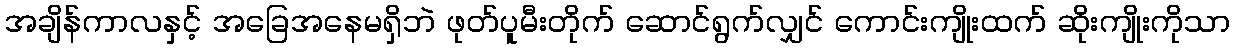
အချိန်ကာလနှင့် အခြေအနေမရှိဘဲ ဖုတ်ပူမီးတိုက် ဆောင်ရွက်လျှင် ကောင်းကျိုးထက် ဆိုးကျိုးကိုသာ